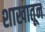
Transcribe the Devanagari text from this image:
शाखातून